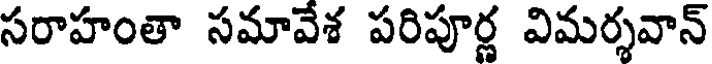
సరాహంతా సమావేశ పరిపూర్ణ విమర్శవాన్